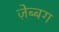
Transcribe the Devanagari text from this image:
ज़ेब्बग